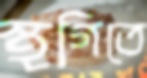
স্থগিতে